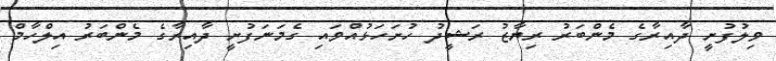
ވިލުފުށީ ދާއިރާގެ މެންބަރު ރިޔާޒު ރަޝީދު ހުށަހަޅުއްވައި ގެމަނަފުށީ ދާއިރާގެ މެންބަރު އިލްހާމް